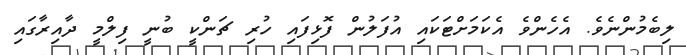
ލިބެމުންނެވެ. އެހެންވެ އެކަމަށްޓަކައި އުފަލުން ފޮޅިފައި ހުރި ޗަންކީ ބުނީ ފިލްމީ ދާއިރާގައި